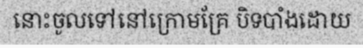
នោះចូលទៅនៅក្រោមគ្រែ បិទបាំងដោយ